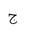
Letter: _gim